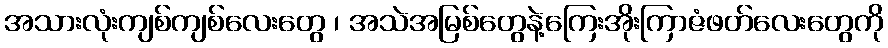
အသားလုံးကျစ်ကျစ်လေးတွေ ၊ အသဲအမြစ်တွေနဲ့ကြေးအိုးကြာဇံဖတ်လေးတွေကို